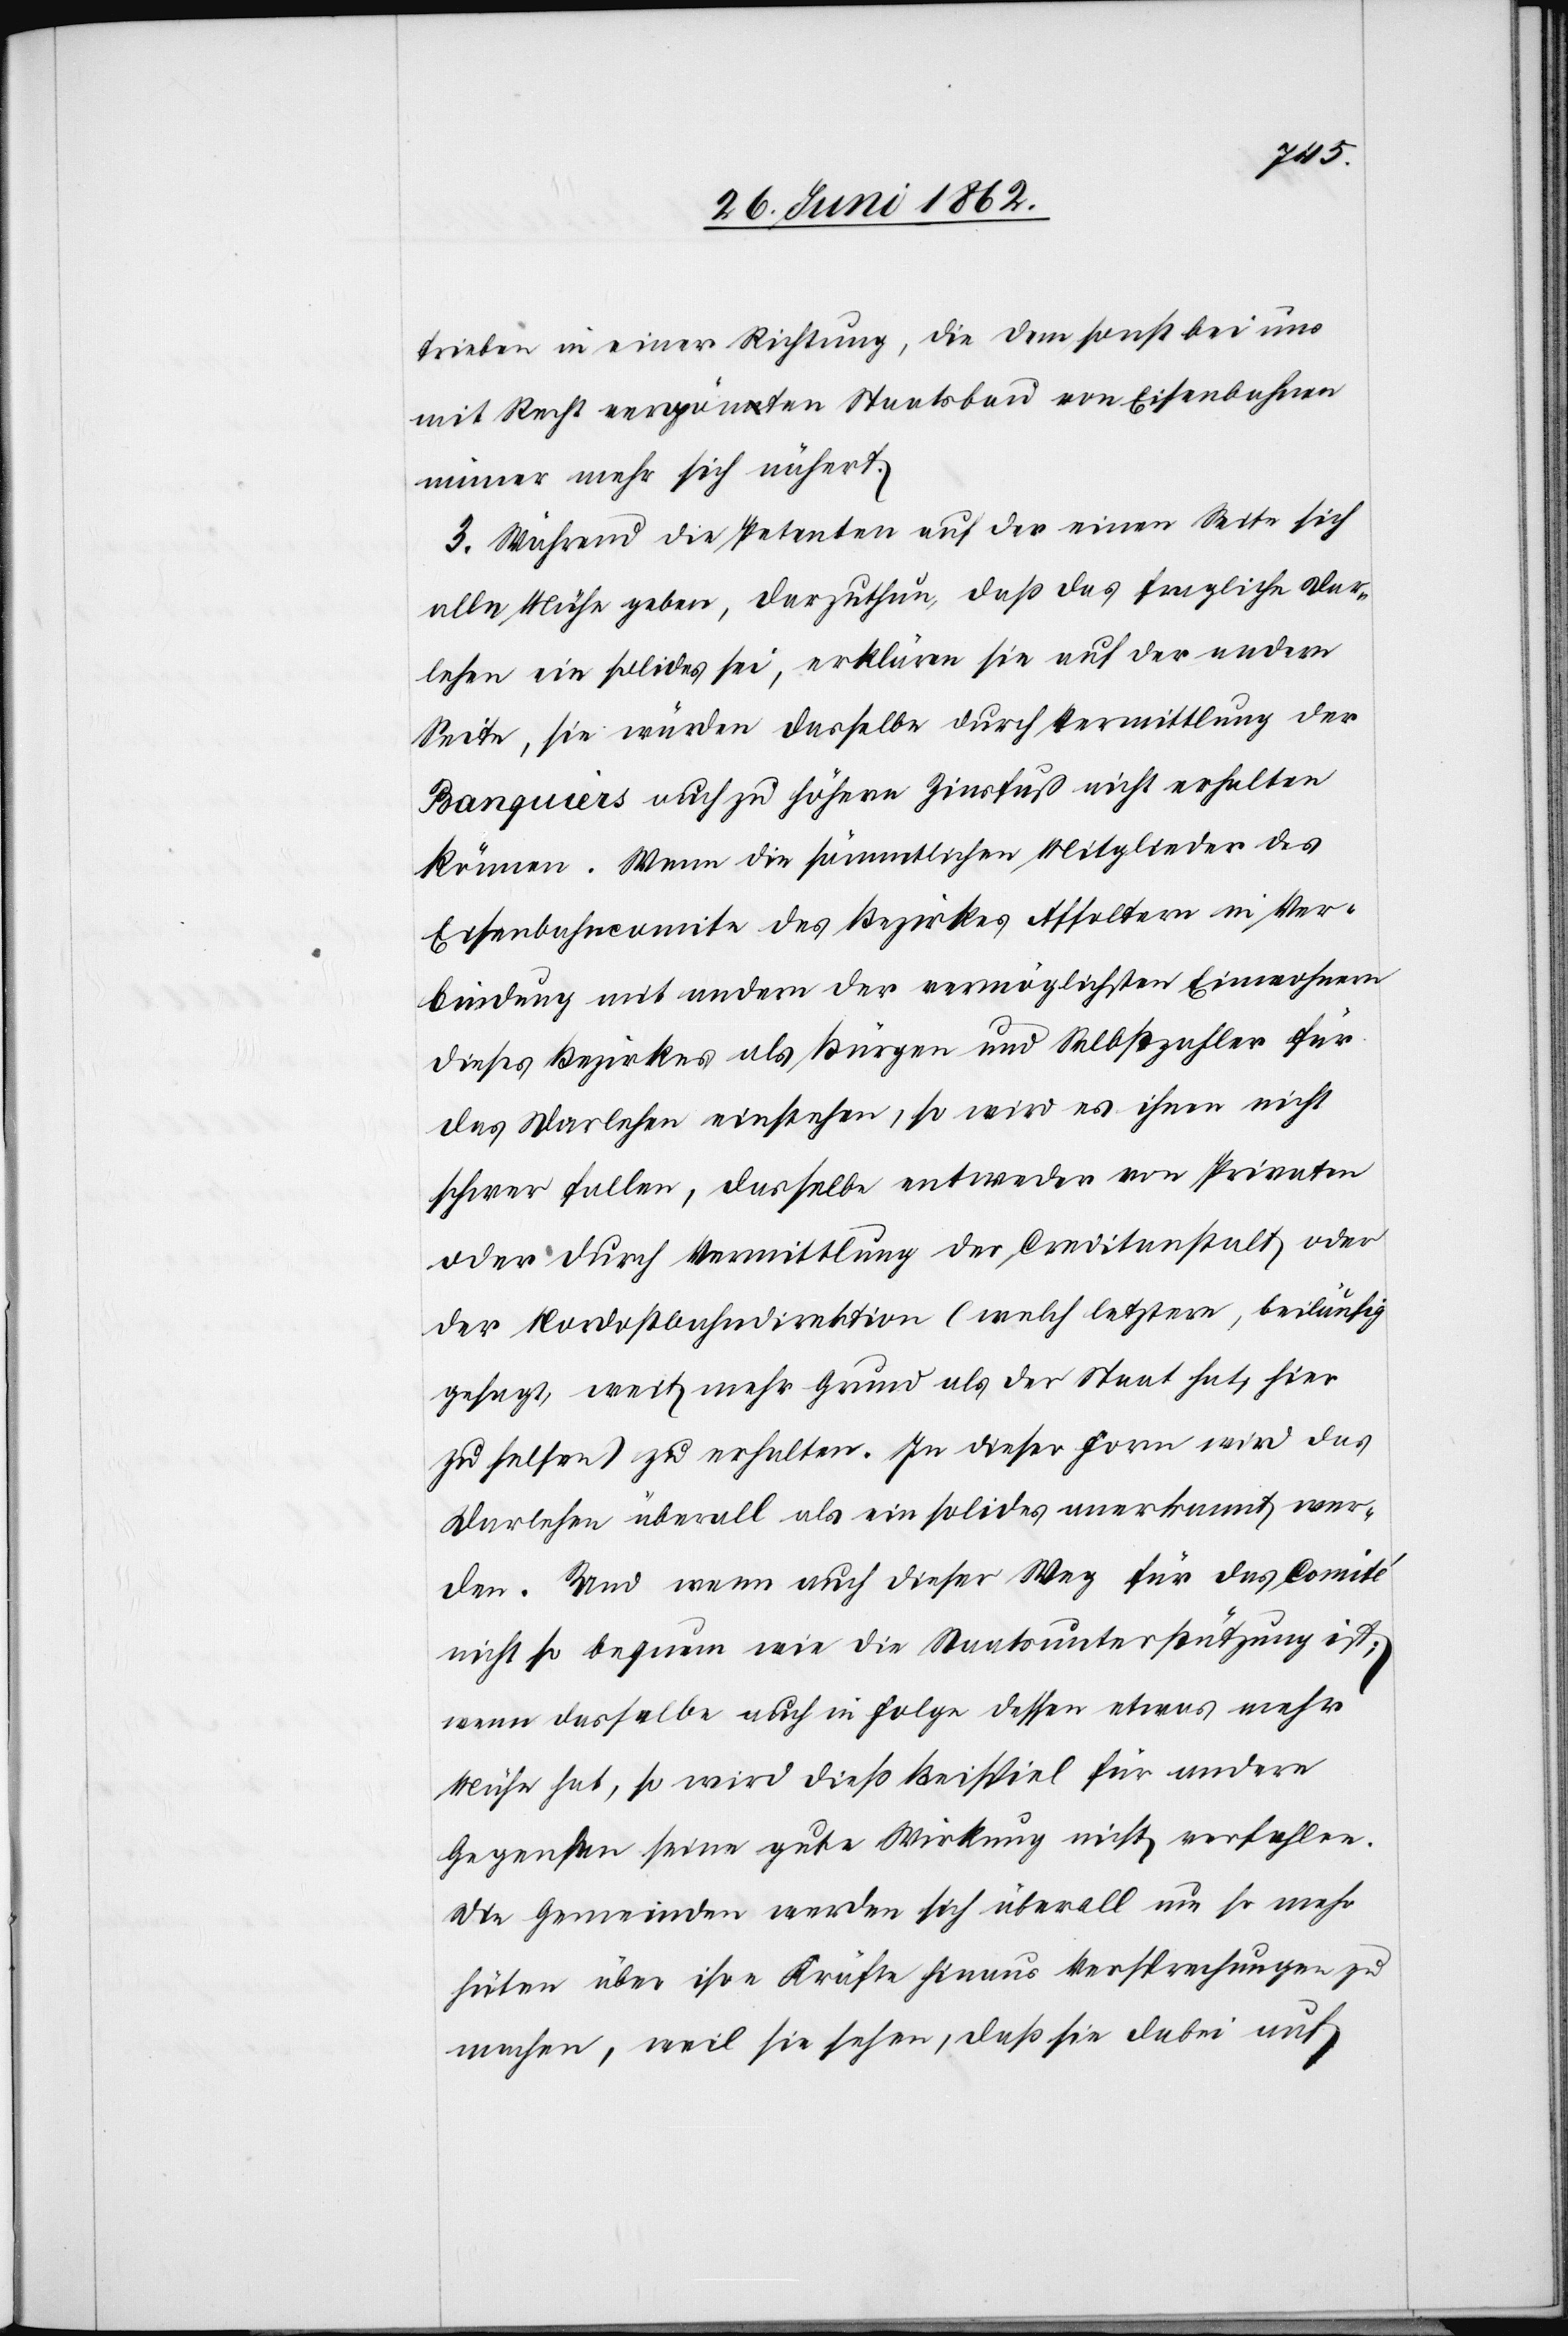
trieben in einer Richtung, die dem sonst bei uns
mit Recht vergönnten Staatsbau von Eisenbahnen
immer mehr sich nähert.
3. Während die Petenten auf der einen Seite sich
allen Mühe geben, darzuthun, daß das fragliche Dar¬
lehen ein solides sei, erklären sie auf der andern
Seite, sie würden dasselbe durch Vermittlung der
Banquiers auch zu höhern Zinsfuß nicht erhalten
können. Wenn die sämmtlichen Mitglieder des
Eisenbahncomite des Bezirkes Affoltern in Ver¬
bindung mit andern der vermöglichsten Einwohnern
dieses Bezirkes als Bürgen und Selbstzahler für
das Darlehen einstehen, so wird es ihnen nicht
schwer fallen, dasselbe entweder von Privaten
oder durch Vermittlung der Creditanstalt oder
der Nordostbahndirektion (welch letztere, beiläufig
gesagt, weit mehr Grund als der Staat hat, hier
zu helfen) zu erhalten. In dieser Form wird das
Darlehen überall als ein solides anerkannt wer¬
den. Und wenn auch dieser Weg für das Comité
nicht so bequem wie die Staatsunterstützung ist;
wenn dasselbe auch in Folge dessen etwas mehr
Mühe hat, so wird dieß Beispiel für andere
Gegenden seine gute Wirkung nicht verfehlen.
Die Gemeinden werden sich überall um so mehr
hüten über ihre Kräfte hinaus Versprechungen zu
machen, weil sie sehen, daß sie dabei auf